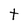
Character: t